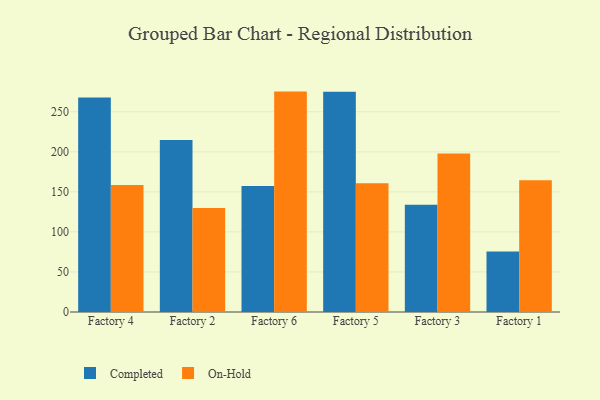
{"axis": {"x": "Factory", "y": "Revenue (USD Million)"}, "legend": ["Completed", "On-Hold"], "data": [{"x": "Factory 4", "y": 267.7, "type": "Completed"}, {"x": "Factory 4", "y": 158.5, "type": "On-Hold"}, {"x": "Factory 2", "y": 214.8, "type": "Completed"}, {"x": "Factory 2", "y": 129.9, "type": "On-Hold"}, {"x": "Factory 6", "y": 157.3, "type": "Completed"}, {"x": "Factory 6", "y": 275.2, "type": "On-Hold"}, {"x": "Factory 5", "y": 275.0, "type": "Completed"}, {"x": "Factory 5", "y": 160.7, "type": "On-Hold"}, {"x": "Factory 3", "y": 133.8, "type": "Completed"}, {"x": "Factory 3", "y": 198.0, "type": "On-Hold"}, {"x": "Factory 1", "y": 75.4, "type": "Completed"}, {"x": "Factory 1", "y": 164.6, "type": "On-Hold"}]}